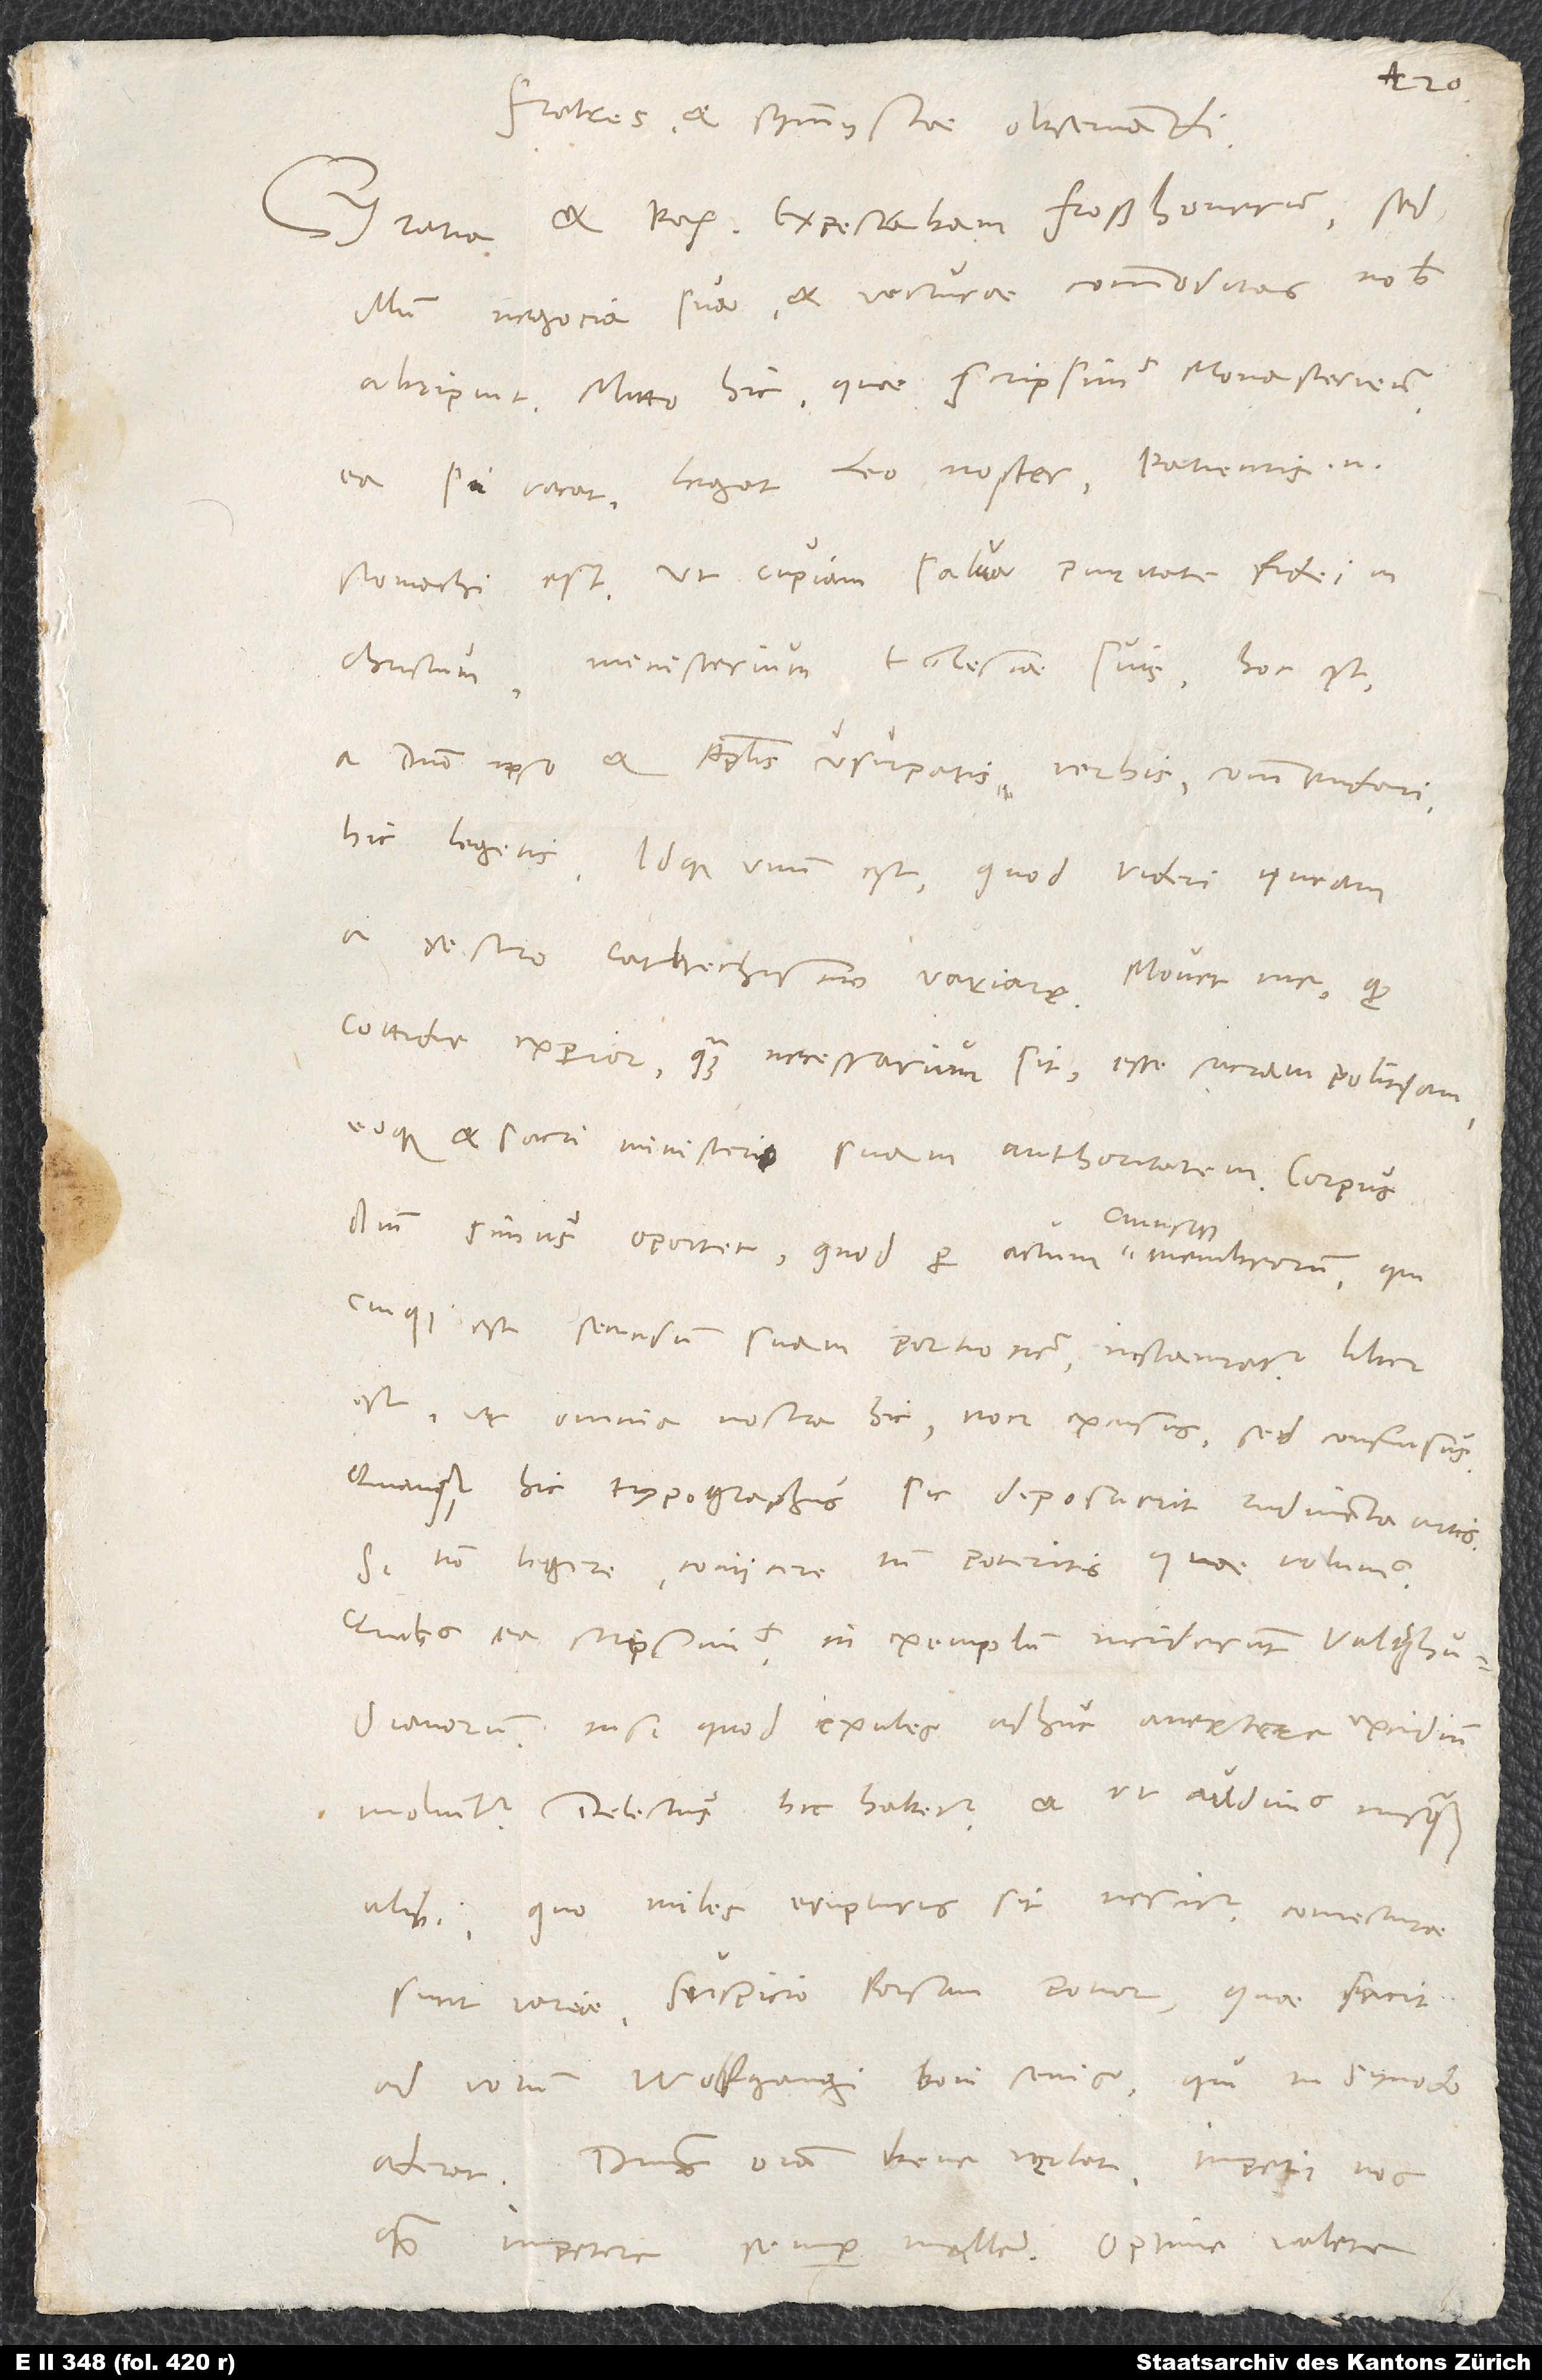
Fratres et symmystae observandi,
illum negocia sua et vecturae commoditas nobis
abripuit. Mitto hic, quae scripsimus Monasteriensibus.
Ea, si vacat, legat Leo noster. Patientis enim
stomachi est. Ut cupiam salva puritate fidei in
Christum ministerium ecclesiae suis, hoc est
a domino ipso et apostolis usurpatis verbis commendari,
hic legetis. Idque unum est, quod videri queam
a vestro cathechismo variare. Movet me, quod
cottidie experior, quam necessarium sit esse sacram politiam,
eoque et sarci ministerio suam authoritatem. Corpus
domini simus oportet, quod per actum cuiusque membrorum, qui
cuique est secundum suam portionem, instauratur. Liber
est ut omnia nostra hic non excusus, sed confusus,
quanquam hic typographus sic deposuerit rudimenta artis.
Si non legere, coniicere tamen poteritis, quae volumus.
Quibus ea scripsimus, in exemplum inciderunt Vaitzhudianorum,
nisi quod exules adhuc avertere excidium
Delectus hic habetur et, ut audimus, nusquam
alibi. Quo miles erupturus sit, nescitur. Coniecturae
sunt variae, suspicio forsan potior, quae facit
ad votum Wolfgangi boni senis, qui in synodo
aderat. Dominus omnia bene vertat. Impeti nos